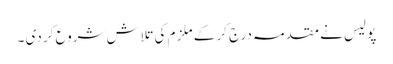
پو لیس نے مقد مہ درج کر کے ملز م کی تلاش شروع کر دی ۔